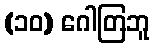
(၁၀) ဂေါတြဘူ